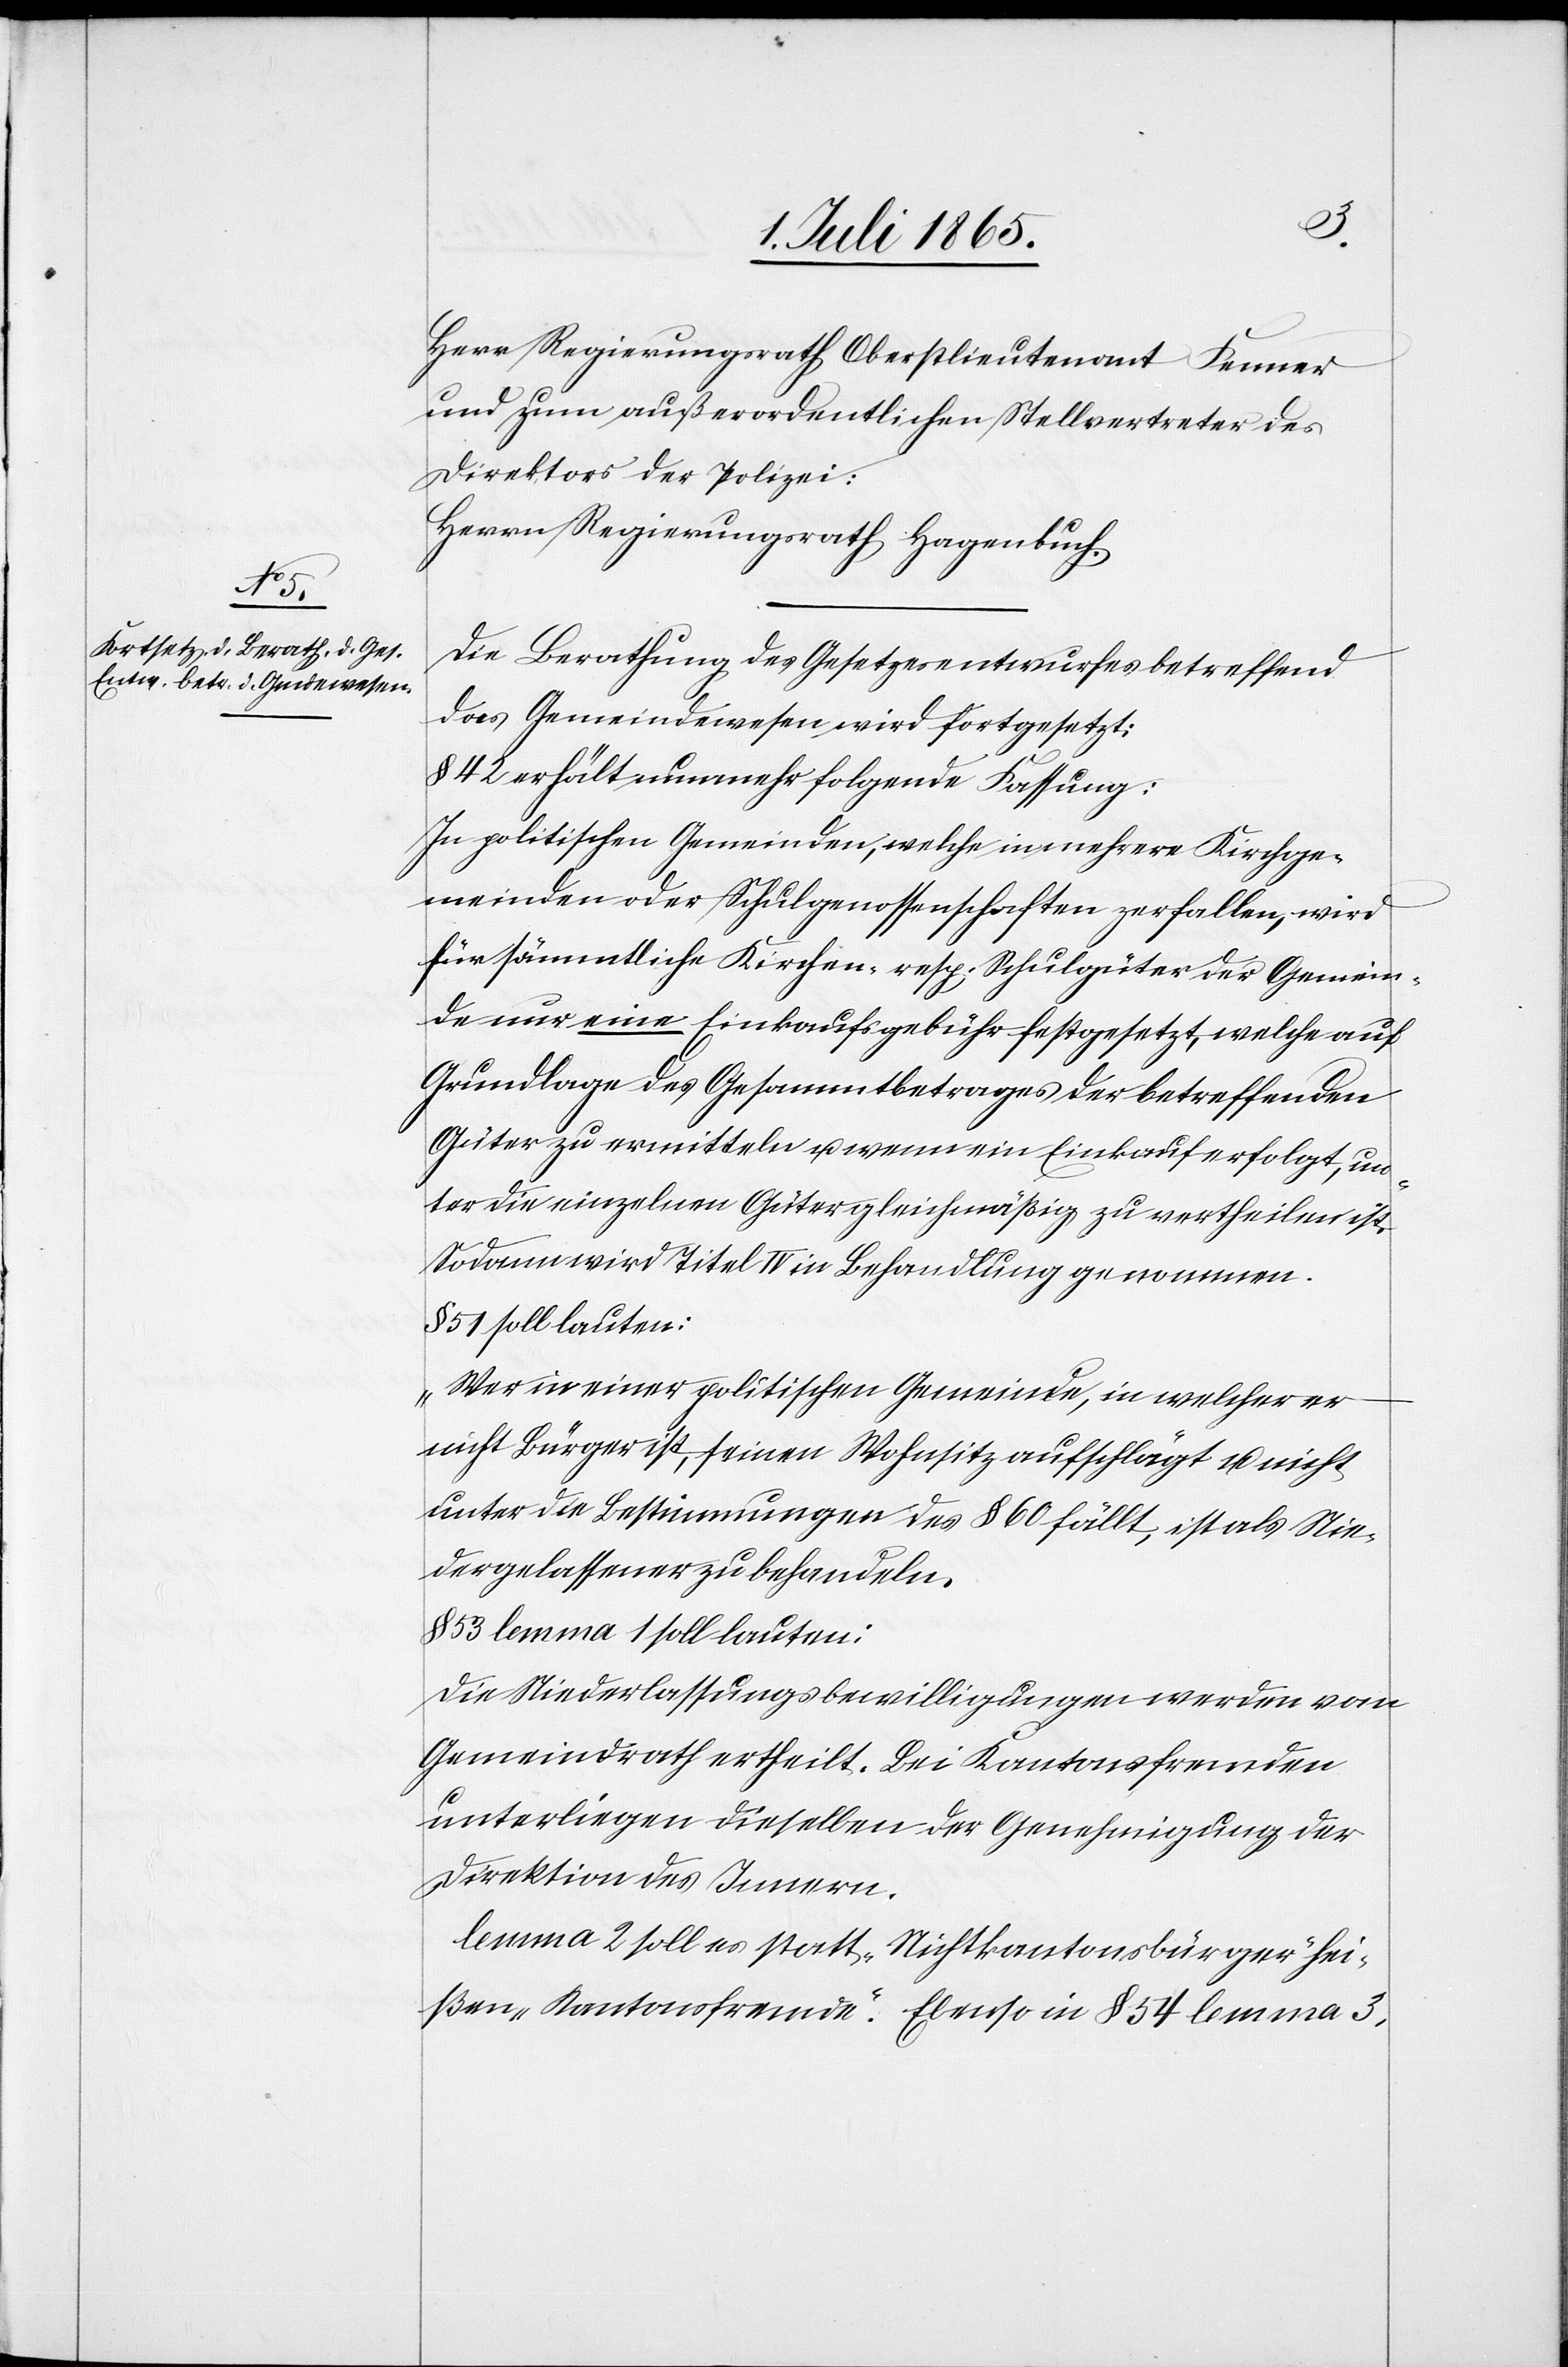
Herr Regierungsrath Oberstlieutenant Fenner
und zum außerordentlichen Stellvertreter des
Direktors der Polizei:
Herrn Regierungsrath Hagenbuch.
Die Berathung des Gesetzesentwurfes betreffend
das Gemeindewesen wird fortgesetzt:
§ 42 erhält nunmehr folgende Fassung:
In politischen Gemeinden, welche in mehrere Kirchge¬
meinden oder Schulgenossenschaften zerfallen, wird
für sämmtliche Kirchen resp. Schulgüter der Gemein¬
de nur eine Einkaufsgebühr festgesetzt, welche auf
Grundlage des Gesammtbetrages der betreffenden
Güter zu ermitteln u. wenn ein Einkauf erfolgt, un¬
ter die einzelnen Güter gleichmäßig zu vertheilen ist.
Sodann wird Titel IV in Behandlung genommen.
51 soll lauten:
„Wer in einer politischen Gemeinde, in welcher er
nicht Bürger ist, seinen Wohnsitz aufschlägt u. nicht
unter die Bestimmungen des § 60 fällt, ist als Nie¬
dergelassener zu behandeln.[“]
§ 53 lemma 1 soll lauten:
Die Niederlassungsbewilligungen werden vom
Gemeindrath ertheilt. Bei Kantonsfremden
unterliegen dieselben der Genehmigung der
Direktion des Innern.
lemma 2 soll es statt „Nichtkantonsbürger“ hei¬
ßen „Kantonsfremde“. Ebenso in § 54 lemma 3,